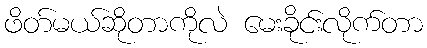
ဖိတ်မယ်ဆိုတာကိုလဲ မေးခိုင်းလိုက်တာ